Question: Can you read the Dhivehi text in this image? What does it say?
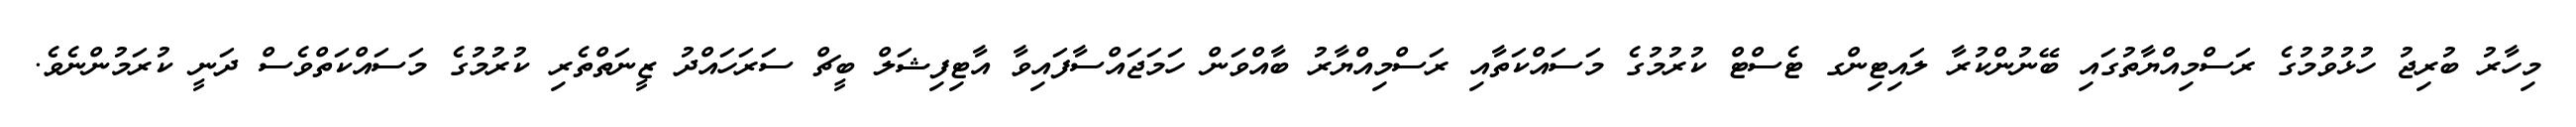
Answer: މިހާރު ބުރިޖު ހުޅުވުމުގެ ރަސްމިއްޔާތުގައި ބޭނުންކުރާ ލައިޓިންގ ޓެސްޓް ކުރުމުގެ މަސައްކަތާއި ރަސްމިއްޔާރު ބާއްވަން ހަމަޖައްސާފައިވާ އާޓިފިޝަލް ބީޗް ސަރަހައްދު ޒީނަތްތެރި ކުރުމުގެ މަސައްކަތްވެސް ދަނީ ކުރަމުންނެވެ.